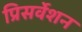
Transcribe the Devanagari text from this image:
प्रिसर्वेशन